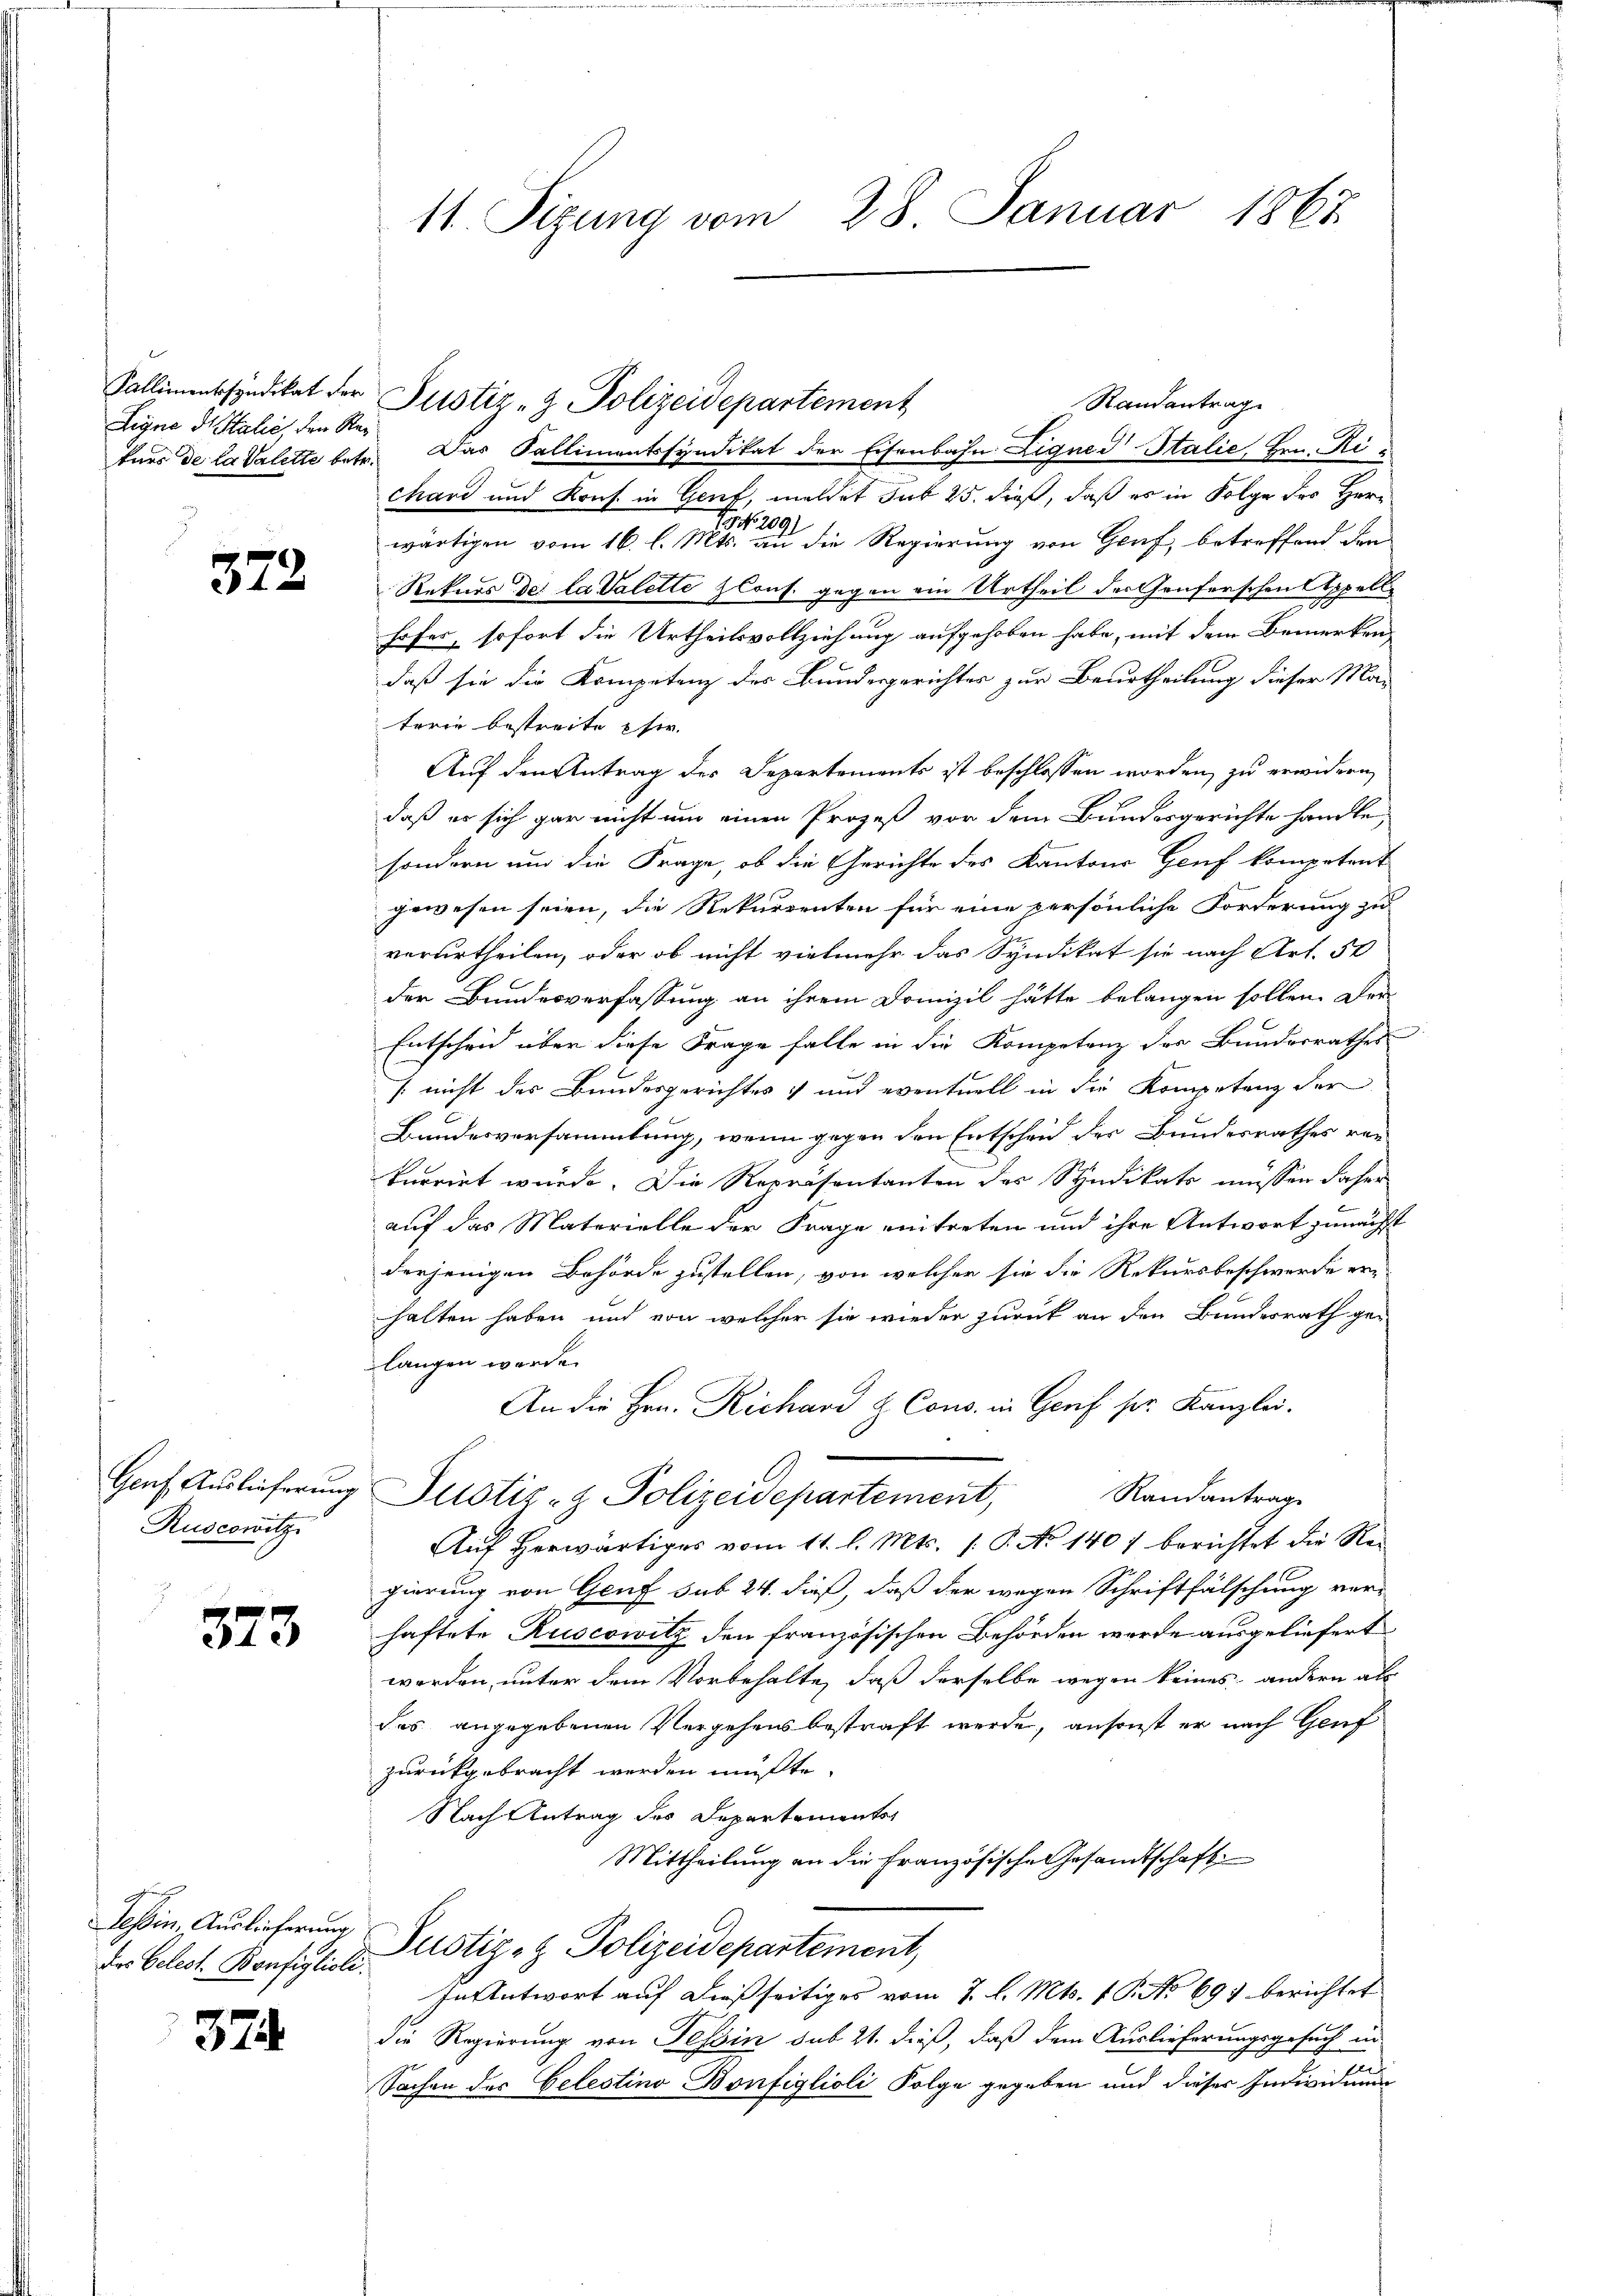
Ligne dr Italić, den Re¬

322.

Ruscowitz

373

des Gelegt. Bonfiglioli

374.

11. Sitzung vom 28. Januar 1867

Kallimentsyndikat der Justiz- & Polizeidepartement

Randantrag
kurs de la Valette betr. Das Kallimentssyndikat der Eisenbahn Ligned Italie, Hrn. Richard und Kons. in Genf, meldet sub 25. dieß, daß es in Folge des Her¬
79 No. 2091
wärtigen vom 16. l. Mts. an die Regierung von Genf, betreffend dan
Rekurs der la Valette zlonf. gegen ein Urtheil der Genferschen Appellhofer, sofort die Urtheilsvollziehung aufgehoben habe, mit dem Bemerken,
daß sie die Kompetenz des Bundesgerichtes zur Beurtheilung dieser Materie bestreite si
Auf den Antrag des Departements ist beschlossen worden, zu erwidern,
daß er sich gar nicht um einen Prozeß vor dem Bundesgerichte handle
sondern und die Frage, ob die Gerichte des Kantons Genf kompetent
gewesen seien, die Rekurrenten für eine persönliche Forderung zu
verurtheilen, oder ob nicht vielmehr das Syndikat sie nach Art. 50
der Bundesverfassung an ihrem Domizil hätte belangen sollen. Der
Entscheid über diese Frage falle in die Kompetenz der Bundesrathes
/ nicht des Bundesgerichtes und eventuell in die Kompetenz der
Bundesversammlung, wenn gegen den Entscheid der Bundesrathes ver
kurrirt wurde. Die Repräsentanten der Syndikats müssen daher
1
auf das Materielle der Frage eintreten und ihre Antwort zunächst
derjenigen Behörde zustellen, von welcher sie die Rekursbeschwerde er-
halten haben und von welcher sie wieder zurück an den Bundesrath ge-
langen werde.
An die Hrn. Richard & Cons. in Genf pr. Kanzlei.
Genf Auslieferung Justiz- & Polizeidepartement,
Randantrage
Auf herwärtiges vom 11. l. Mts. /: P. No 1407 berichtet die Regierung von Genf sub 24. dieß, daß der wegen Schriftfälschung ver-
haftete Ruscowitz den französischen Behörden werde ausgeliefert
werden, unter dem Vorbehalte, daß derselbe wegen keines andern als
das angegebenen Vergehens bestraft werde, ansonst er nach Genf
zurückgebracht werden müßte.
Nach Antrag des Departements
Mittheilung an die Französische Gesandtschaft
Tessin, Auslieferung Pustiz- & Polizeidepartement,
In Antwort auf dießseitiges vom 7. l. Mts. 1 P. No 697 berichtet
die Regierung von Tessin sub 21. dieß, daß dem Auslieferungsgesuch in
Sachen der Celestino Bonfiglioli Folge gegeben und dieser Individuum